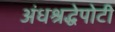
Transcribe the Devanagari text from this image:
अंधश्रद्धेपोटी